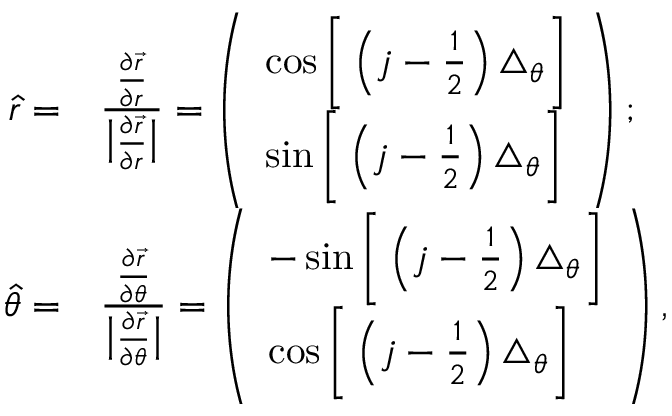
\begin{array} { r l } { \hat { r } = } & { \frac { \frac { \partial \vec { r } } { \partial r } } { \big | \frac { \partial \vec { r } } { \partial r } \big | } = \left( \begin{array} { l } { \cos \bigg [ \left( j - \frac { 1 } { 2 } \right) \triangle _ { \theta } \bigg ] } \\ { \sin \bigg [ \left( j - \frac { 1 } { 2 } \right) \triangle _ { \theta } \bigg ] } \end{array} \right) ; } \\ { \hat { \theta } = } & { \frac { \frac { \partial \vec { r } } { \partial \theta } } { \big | \frac { \partial \vec { r } } { \partial \theta } \big | } = \left( \begin{array} { l } { - \sin \bigg [ \left( j - \frac { 1 } { 2 } \right) \triangle _ { \theta } \bigg ] } \\ { \cos \bigg [ \left( j - \frac { 1 } { 2 } \right) \triangle _ { \theta } \bigg ] } \end{array} \right) , } \end{array}